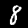
Label: 8